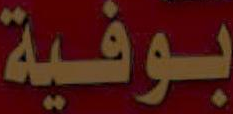
بوفية